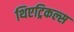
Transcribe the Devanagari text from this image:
थिएट्रिकल्स